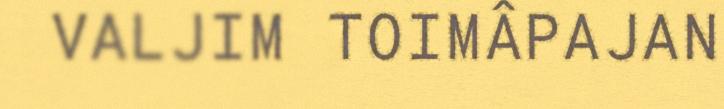
VALJIM TOIMÂPAJAN